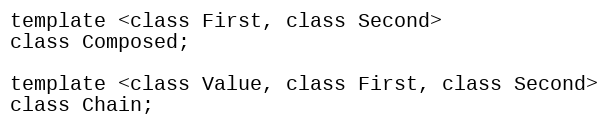
Language: C
template <class First, class Second>
class Composed;

template <class Value, class First, class Second>
class Chain;